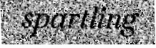
spartling